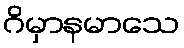
ဂိမှာနမာသေ